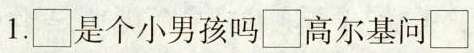
1.\Box是个小男孩吗\Box高尔基问\Box